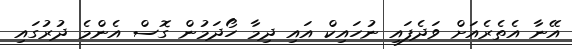
އޭނާ އެތެރެއަށް ވަދެފައި ނުހައިކް އައި ދިމާ ހޯދަމުން ގޮސް އެންމެ ދުރުގައި